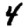
Digit: 4